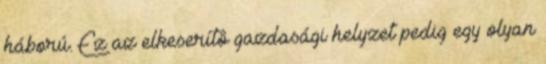
háború. Ez az elkeserítô gazdasági helyzet pedig egy olyan